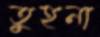
তুহনা